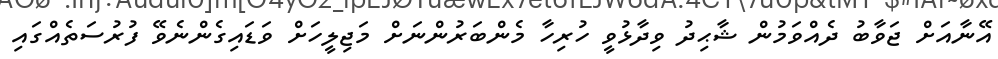
އޭނާއަށް ޖަވާބު ދެއްވަމުން ޝާޙިދު ވިދާޅުވީ ހުރިހާ މެންބަރުންނަށް މަޖިލީހަށް ވަޑައިގެންނެވޭ ފުރުސަތެއްގައި